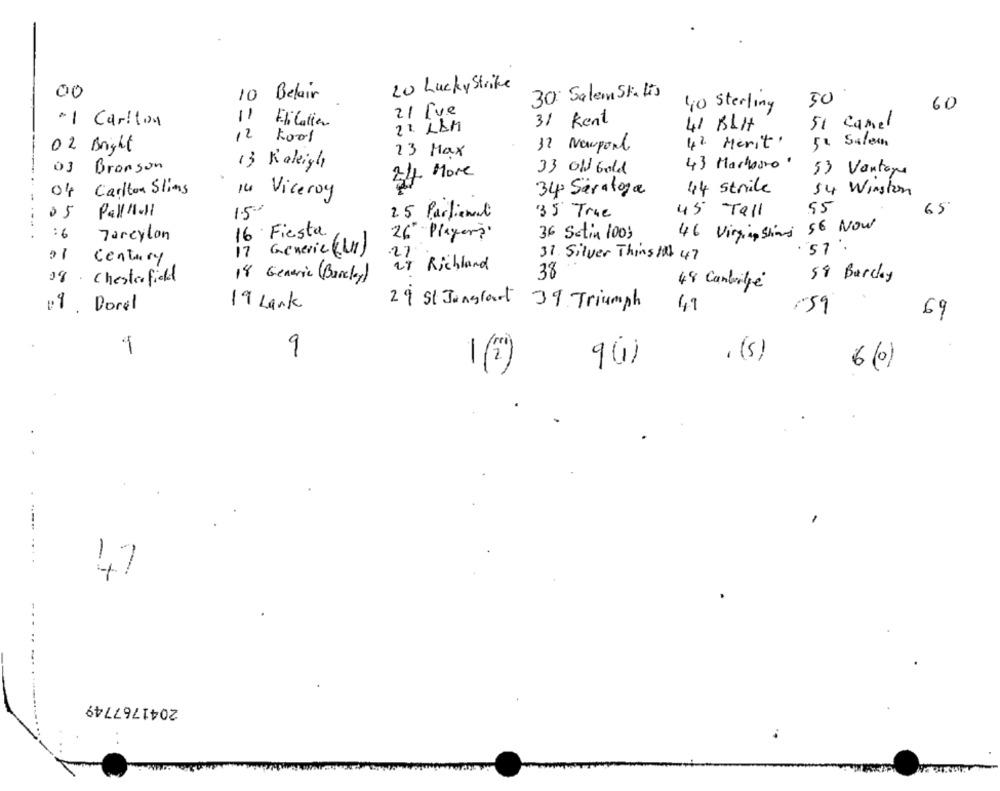
20 Lucky Strike
00
Belair
30: Salem Stalis
10
50
60
21 rue
40 Sterling
11
·1 Carlton
Flicalla
2 1. LAM
31 kent
41 KLH
51 Camel
12
kool
02 Bright
32 Naupont
42 Marit.
5ª Salem
23 Max
13 Kakigli
43 Marhosto·
Bronson
21 More
33 old Gold
53 Vantage
Of Carlton Slims
44 Strike
54 Winston
14 Viceroy
34 Saratoga
05
Pall Mall
1.50
35' True
45 Tall
55
65
.
25 Partiemed
46 Virginsting 56 Now
:6
Jarcylon
16 Fiesta
26" Players'
36 Satin 100;
17
Generic (Li )
01
century
21
31. Silver Thins 10 47
29 Richland
38
58 Barclay
18 . Chesterfield
18 Generic (Barclay)
48 Cambitie
0 9. Dorel
19 Lank
29 St Jungfart 39 Triumph
49
/59
69
-
9
. (s)
9()
6 (0)
1(2)
47
2041767749